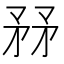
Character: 𥍤